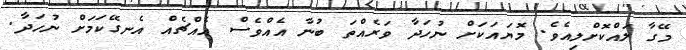
މޭގާ ލައްކޮށްލިއެވެ. މޮޔައަކަށް ނުހަދާ ވަރެއްތަ ބުނާ އެއްވެސް އެއްޗެއް އެނގޭކަމަށް ނުހަދާ.